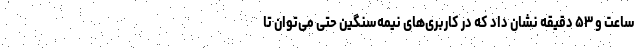
ساعت و ۵۳ دقیقه نشان داد که در کاربری‌های نیمه‌سنگین حتی می‌توان تا